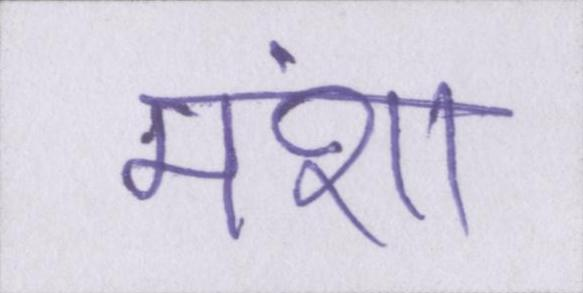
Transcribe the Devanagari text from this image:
मंशा